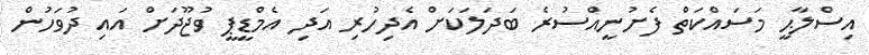
އިސްލާޙީ މަސައްކަތް ފެށުނީއްސުރެ ބަދަލަކަށް އެދިހުރި އަދި އެމްޑީޕީ ވުޖޫދަށް އައި ދުވަހުން